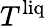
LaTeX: T^{\mathrm{liq}}